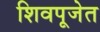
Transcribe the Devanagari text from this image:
शिवपूजेत